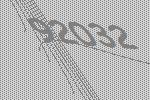
92032